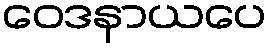
ဝေဒနာယပေ